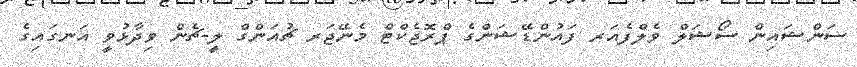
ސަންޝައިން ސޯޝަލް ވެލްފެއަރ ފައުންޑޭޝަންގެ ޕްރޮޖެކްޓް މެނޭޖަރ ޗުއަންގް ލީ-ޗެން ވިދާޅުވީ އަނގައިގެ